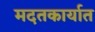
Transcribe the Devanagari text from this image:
मदतकार्यात